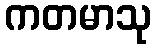
ကတမာသု